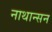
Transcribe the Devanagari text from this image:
नाथान्सन